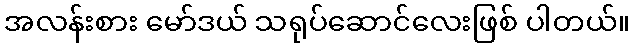
အလန်းစား မော်ဒယ် သရုပ်ဆောင်လေးဖြစ် ပါတယ်။